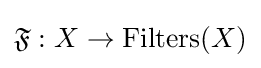
{\mathfrak {F}}:X\to \operatorname {Filters} (X)